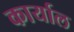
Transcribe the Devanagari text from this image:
कार्याल